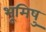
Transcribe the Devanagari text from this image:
भूमिषु